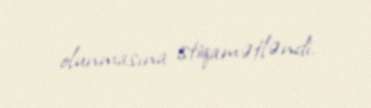
olunmasına istiqamətləndi.